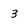
Character: 3